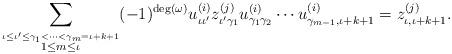
LaTeX: \begin{align*} \displaystyle{\sum_{\stackrel{\iota \leq \iota' \leq \gamma_1<\cdots < \gamma_m = \iota + k + 1 }{1 \leq m \leq \iota }}} (-1)^{\deg(\omega)} u_{\iota\iota'}^{(i)} z_{\iota' \gamma_1}^{(j)} u_{\gamma_1\gamma_2}^{(i)} \cdots u_{\gamma_{m-1},\iota+k+1}^{(i)} = z_{\iota, \iota+k+1}^{(j)}. \end{align*}